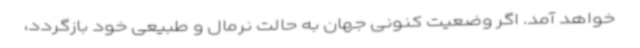
خواهد آمد. اگر وضعیت کنونی جهان به حالت نرمال و طبیعی خود بازگردد،